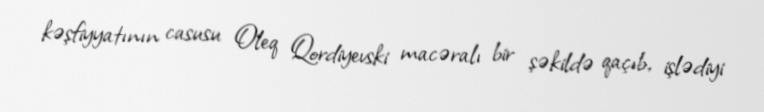
kəşfiyyatının casusu Oleq Qordiyevski macəralı bir şəkildə qaçıb, işlədiyi